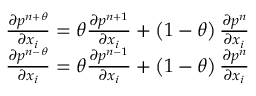
\begin{array} { r } { \frac { \partial { { p } ^ { n + \theta } } } { \partial { { x } _ { i } } } = \theta \frac { \partial { { p } ^ { n + 1 } } } { \partial { { x } _ { i } } } + \left( 1 - \theta \right) \frac { \partial { { p } ^ { n } } } { \partial { { x } _ { i } } } } \\ { \frac { \partial { { p } ^ { n - \theta } } } { \partial { { x } _ { i } } } = \theta \frac { \partial { { p } ^ { n - 1 } } } { \partial { { x } _ { i } } } + \left( 1 - \theta \right) \frac { \partial { { p } ^ { n } } } { \partial { { x } _ { i } } } } \end{array}